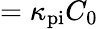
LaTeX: =\kappa_{\mathrm{pi}}C_{0}